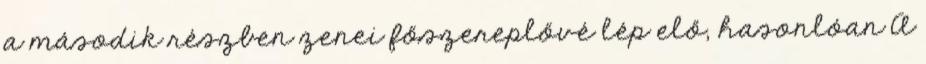
a második részben zenei főszereplővé lép elő, hasonlóan A